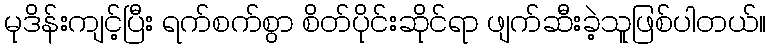
မုဒိန်းကျင့်ပြီး ရက်စက်စွာ စိတ်ပိုင်းဆိုင်ရာ ဖျက်ဆီးခဲ့သူဖြစ်ပါတယ်။